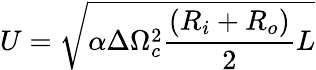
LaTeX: U=\sqrt{\alpha\Delta\Omega_{c}^{2}\frac{(R_{i}+R_{o})}{2}L}